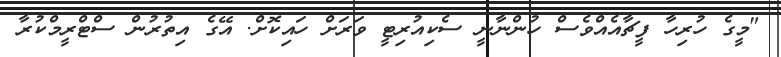
"މީގެ ހުރިހާ ފީޗާއެއްވެސް ހުންނާނީ ސެކިއުރިޓީ ވަރަށް ހައިކޮށް. އޭގެ އިތުރުން ސްޓްރީމްކުރާ